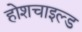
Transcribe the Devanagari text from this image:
होशचाइल्ड